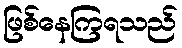
ဖြစ်နေကြရသည်